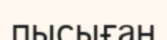
пысыған